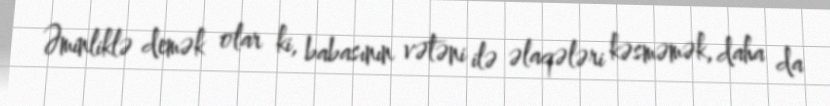
Əminliklə demək olar ki, babasının vətəni ilə əlaqələri kəsməmək, daha da